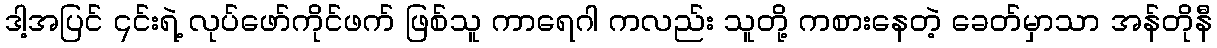
ဒါ့အပြင် ၎င်းရဲ့ လုပ်ဖော်ကိုင်ဖက် ဖြစ်သူ ကာရေဂါ ကလည်း သူတို့ ကစားနေတဲ့ ခေတ်မှာသာ အန်တိုနီ